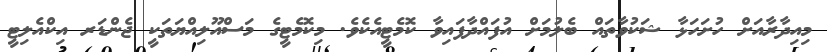
މިއިދާރާއަށް ހުށަހަޅާ ޝަކުވާތައް ބެލުމަށް އުފައްދާފައިވާ ކޮމެޓީއެކެވެ. މިކޮމެޓީގެ މަސްއޫލިއްޔަތަކީ ޖެންޑަރ އިކްއެލިޓީ